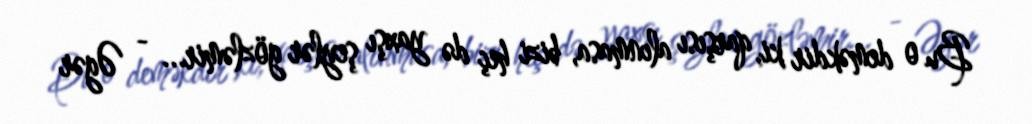
Bu o deməkdir ki, qarşısı alınmasa, bizi heç də yaxşı şeylər gözləmir... - Əgər